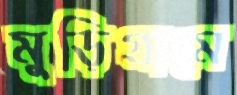
মুড়িগ্রামে